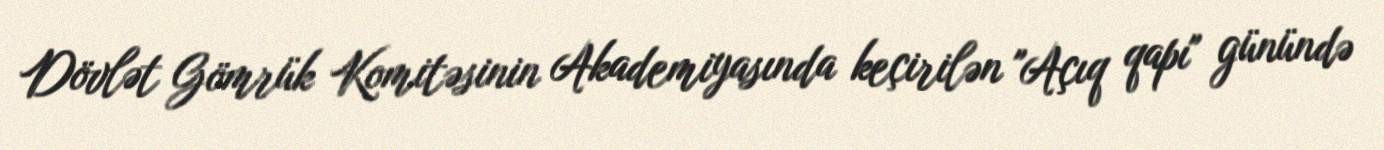
Dövlət Gömrük Komitəsinin Akademiyasında keçirilən "Açıq qapı" günündə